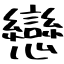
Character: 戀